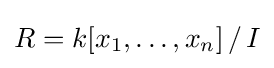
{\textstyle R=k[x_{1},\ldots ,x_{n}]\,/\,I}